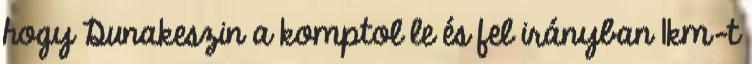
hogy Dunakeszin a komptol le és fel irányban 1km-t